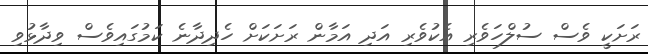
ރަށަކީ ވެސް ސުލްހަވެރި އެކުވެރި އަދި އަމާން ރަށަކަށް ހެދިދާނެ ކަމުގައިވެސް ވިދާޅުވި